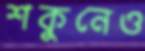
শকুনেও